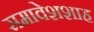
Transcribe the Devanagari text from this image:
समावेशशाह